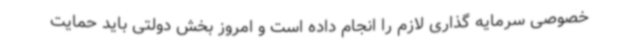
خصوصی سرمایه گذاری لازم را انجام داده است و امروز بخش دولتی باید حمایت